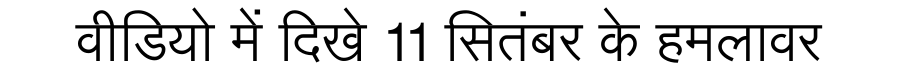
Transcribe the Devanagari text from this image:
वीडियो में दिखे 11 सितंबर के हमलावर